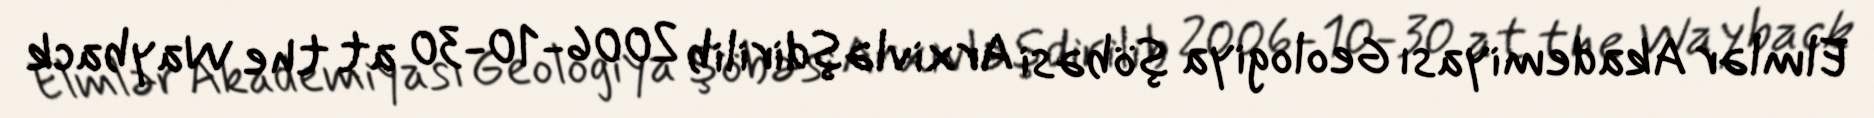
Elmlər Akademiyası Geologiya şöbəsi Arxivləşdirilib 2006-10-30 at the Wayback